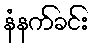
နံနက်ခင်း